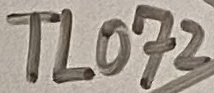
Text: TL072